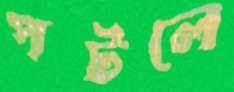
পটলে